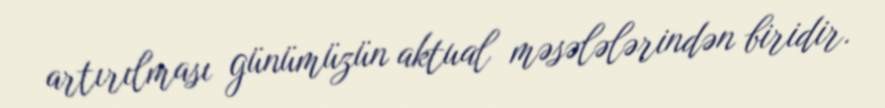
artırılması günümüzün aktual məsələlərindən biridir.